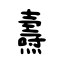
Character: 燾